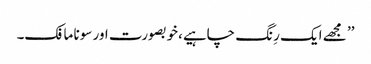
’’ مجھے ایک رِنگ چاہیے،خوبصورت اور سونا مافک۔